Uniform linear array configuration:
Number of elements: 16
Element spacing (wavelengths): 0.25
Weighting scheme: exponential
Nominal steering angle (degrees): -30
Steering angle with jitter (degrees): -28.986
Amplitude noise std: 0.05
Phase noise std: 0.05

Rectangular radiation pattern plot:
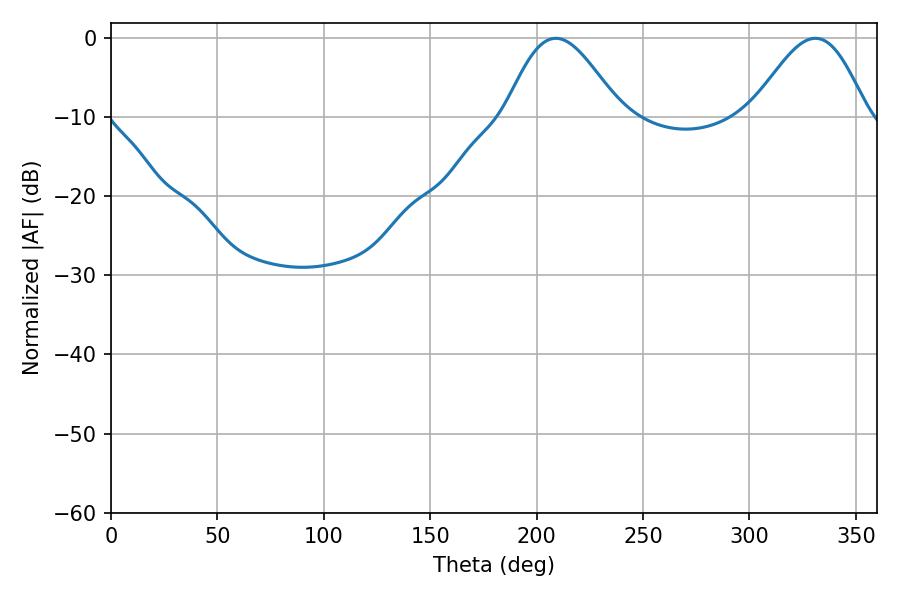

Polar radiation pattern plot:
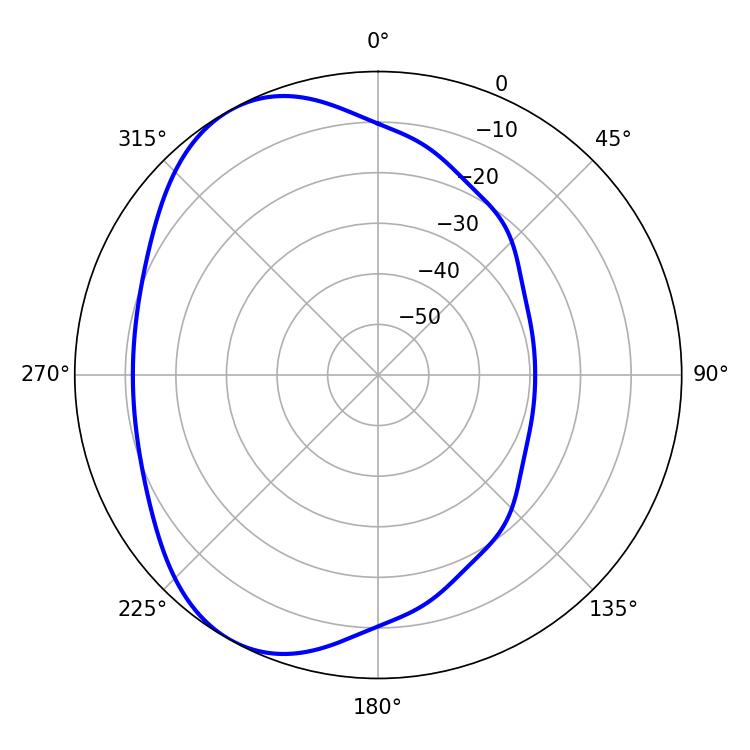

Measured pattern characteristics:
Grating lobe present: FALSE
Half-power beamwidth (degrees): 28.8
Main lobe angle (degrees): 208.98